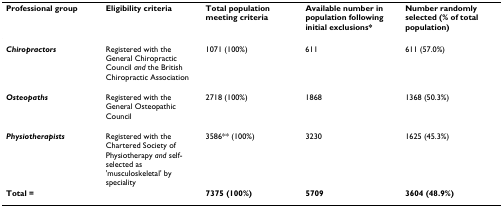
| Professional group | Eligibility criteria | Total population meeting criteria | Available number in population following initial exclusions* | Number randomly selected (% of total population) |
 | --- | --- | --- | --- | --- |
 | Chiropractors | Registered with the General Chiropractic Council and the British Chiropractic Association | 1071 (100%) | 611 | 611 (57.0%) |
 | Osteopaths | Registered with the General Osteopathic Council | 2718 (100%) | 1868 | 1368 (50.3%) |
 | Physiotherapists | Registered with the Chartered Society of Physiotherapy and self-selected as 'musculoskeletal' by speciality | 3586** (100%) | 3230 | 1625 (45.3%) |
 | Total = |  | 7375 (100%) | 5709 | 3604 (48.9%) |